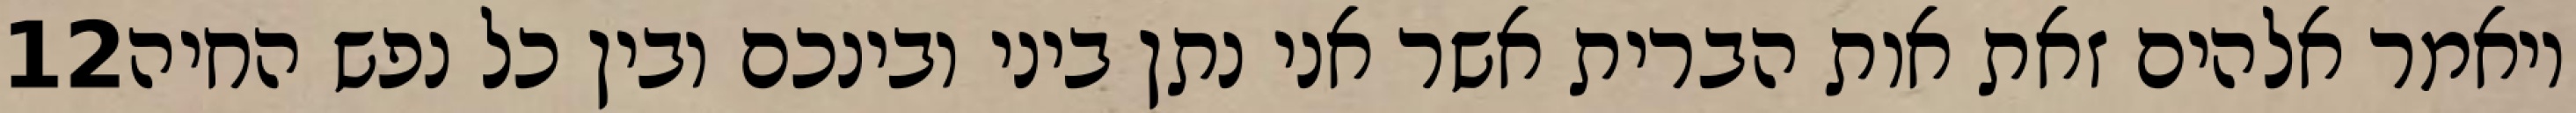
‎12‏ ויאמר אלהים זאת אות הברית אשר אני נתן ביני ובינכם ובין כל נפש החיה